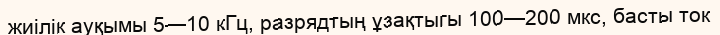
жиілік ауқымы 5—10 кГц, разрядтың ұзақтыгы 100—200 мкс, басты ток